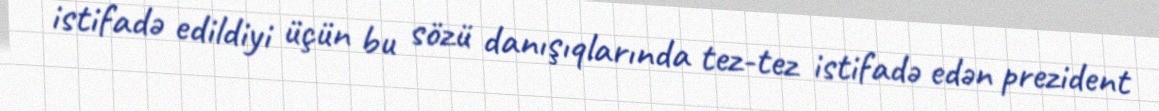
istifadə edildiyi üçün bu sözü danışıqlarında tez-tez istifadə edən prezident